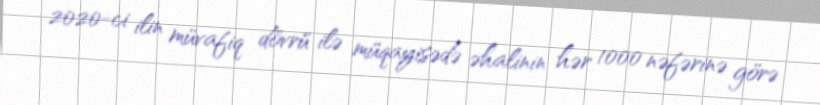
2020-ci ilin müvafiq dövrü ilə müqayisədə əhalinin hər 1000 nəfərinə görə